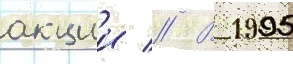
акции // В 1995